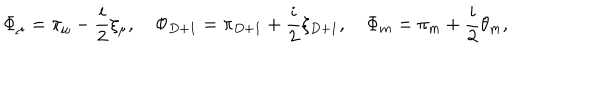
\Phi _ { \mu } = \pi _ { \mu } - \frac { i } { 2 } \xi _ { \mu } , \quad \Phi _ { D + 1 } = \pi _ { D + 1 } + \frac { i } { 2 } \xi _ { D + 1 } , \quad \Phi _ { m } = \pi _ { m } + \frac { i } { 2 } \theta _ { m } ,